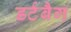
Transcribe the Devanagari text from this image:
डर्टबैग